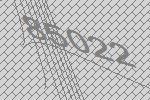
85022